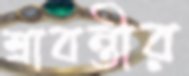
শ্রাবন্তীর